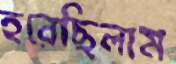
হরেছিলাম